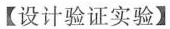
【设计验证实验】